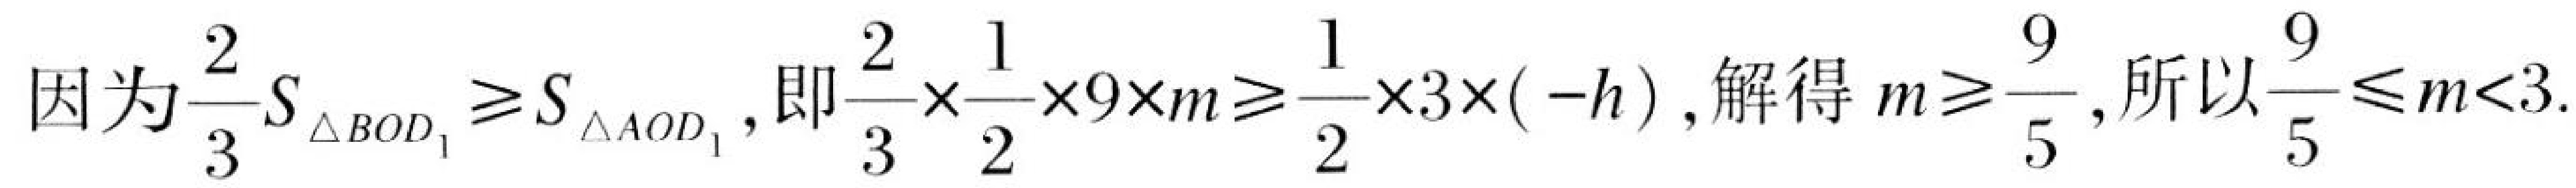
因为\(\frac{2}{3}S_{\triangle BOD_{1}}\geq S_{\triangle AOD_{1}}\),即\(\frac{2}{3}\times\frac{1}{2}\times9\times m\geq\frac{1}{2}\times3\times(-h)\),解得 \(m\geq\frac{9}{5}\),所以\(\frac{9}{5}\leq m<3\).